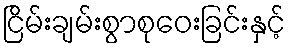
ငြိမ်းချမ်းစွာစုဝေးခြင်းနှင့်